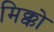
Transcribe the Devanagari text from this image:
मिक्को